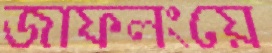
জাফলংয়ে